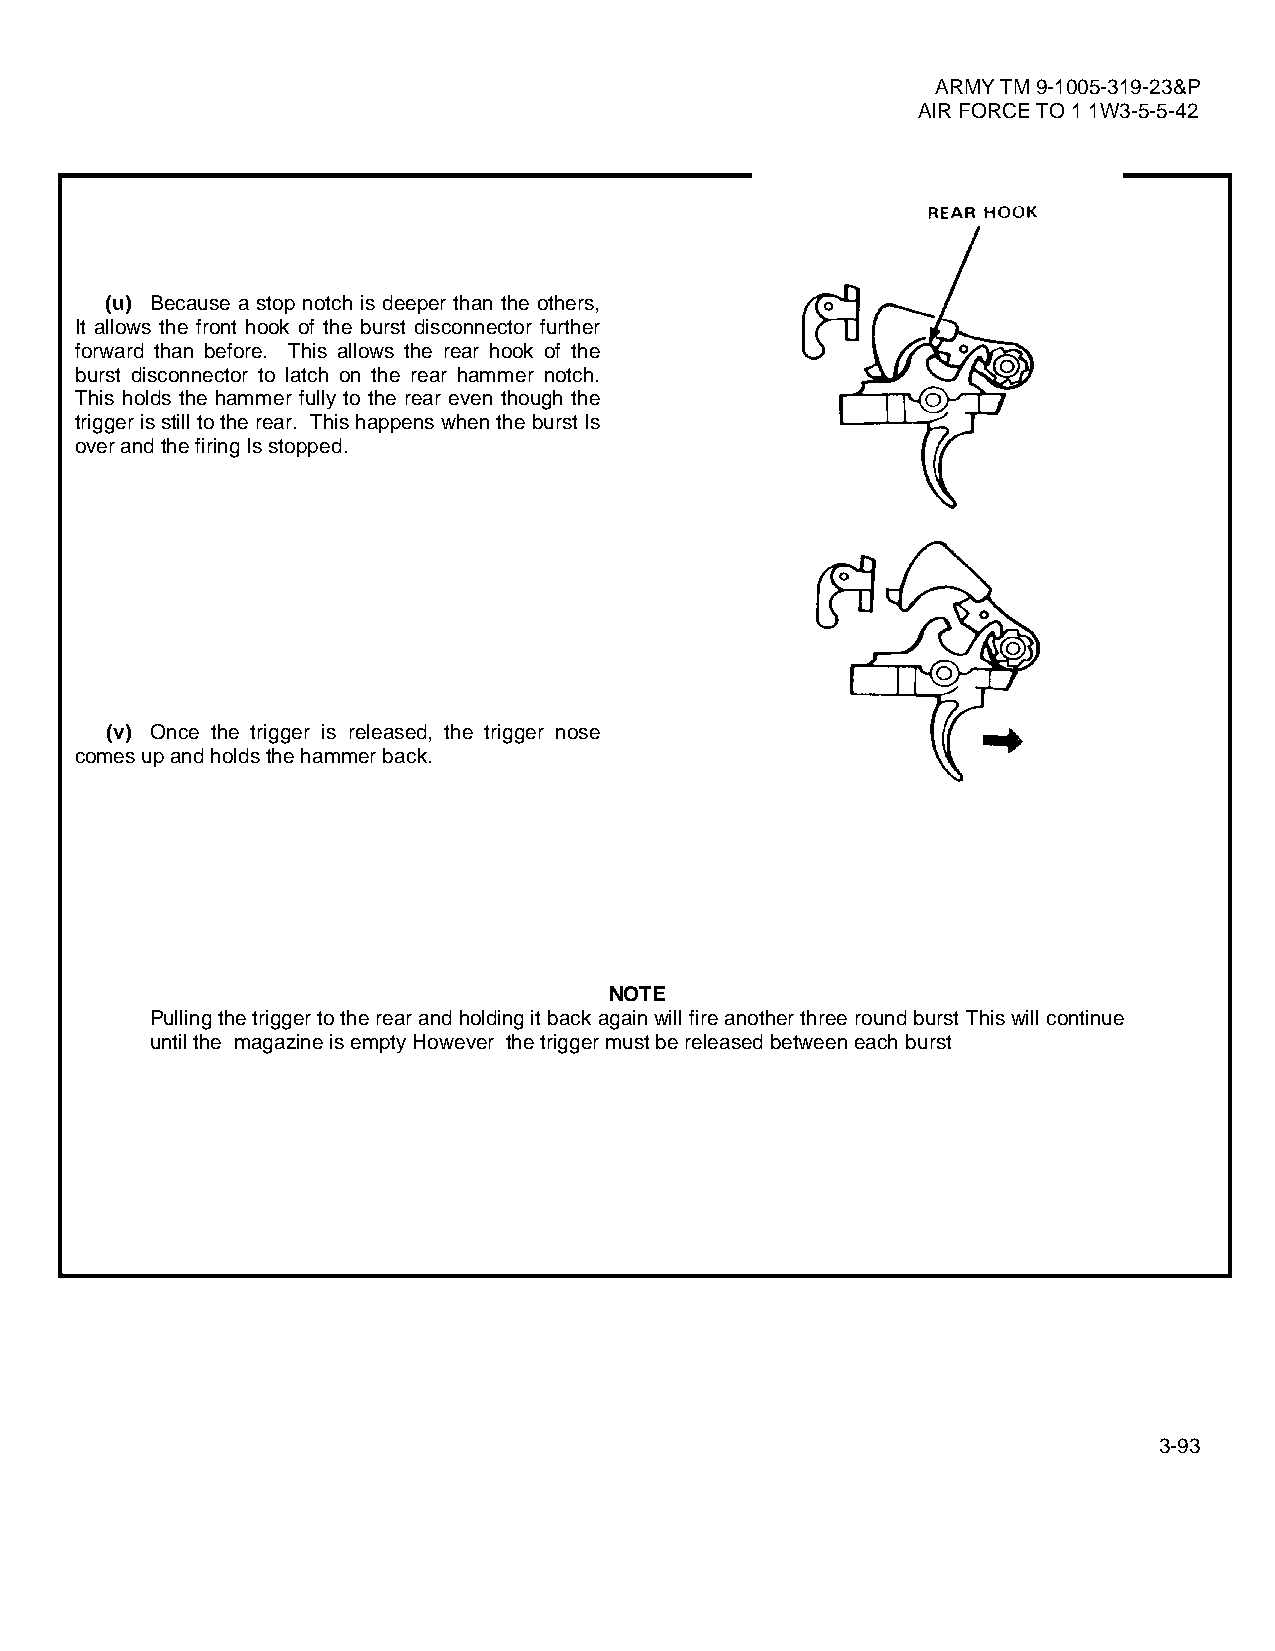
ARMY TM 9-1005-319-23&P
 AIR FORCE TO 1 1W3-5-5-42
 (u) Because a stop notch is deeper than the others,
 It allows the front hook of the burst disconnector further
 forward than before. This allows the rear hook of the
 burst disconnector to latch on the rear hammer notch.
 This holds the hammer fully to the rear even though the
 trigger is still to the rear. This happens when the burst Is
 over and the firing Is stopped.
 (v) Once the trigger is released, the trigger nose
 comes up and holds the hammer back.
 NOTE
 Pulling the trigger to the rear and holding it back again will fire another three round burst This will continue
 until the magazine is empty However the trigger must be released between each burst
 3-93